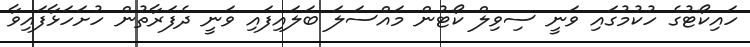
ހައިކޯޓުގެ ހުކުމުގައި ވަނީ ސިވިލް ކޯޓުން މައްސަލަ ބަލައިފައި ވަނީ ދެފަރާތުން ހުށަހަޅާފައިވާ